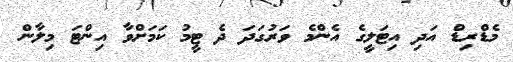
މެޑްރިޑް އަދި އިޓަލީގެ އެންމެ ވަރުގަދަ ދެ ޓީމު ކަމަށްވާ އިންޓަ މިލާން